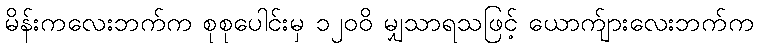
မိန်းကလေးဘက်က စုစုပေါင်းမှ ၁၂၀၀ိ မျှသာရသဖြင့် ယောက်ျားလေးဘက်က